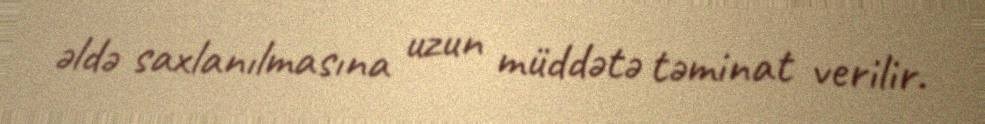
əldə saxlanılmasına uzun müddətə təminat verilir.